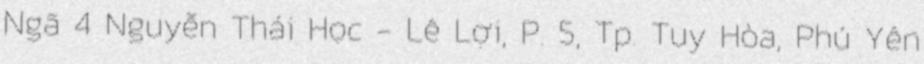
Ngã 4 Nguyễn Thái Học - Lê Lợi, P. 5, Tp. Tuy Hòa, Phú Yên